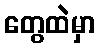
တွေထဲမှာ